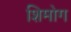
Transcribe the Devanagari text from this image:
शिमोग